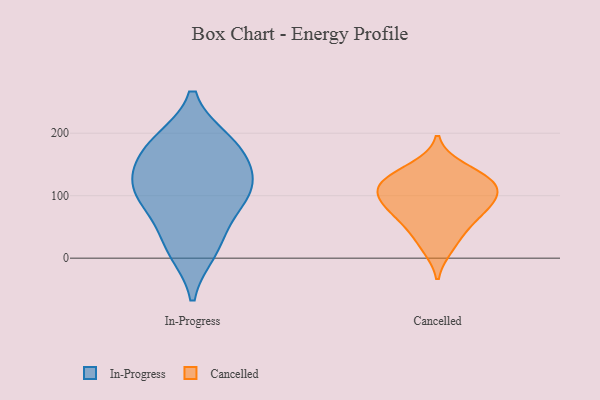
{"axis": {"x": "Budget (USD K)", "y": "Value"}, "legend": ["Cancelled", "In-Progress"], "data": [{"x": "", "y": 135, "type": "In-Progress"}, {"x": "", "y": 120, "type": "In-Progress"}, {"x": "", "y": 13, "type": "In-Progress"}, {"x": "", "y": 186, "type": "In-Progress"}, {"x": "", "y": 93, "type": "In-Progress"}, {"x": "", "y": 183, "type": "In-Progress"}, {"x": "", "y": 170, "type": "In-Progress"}, {"x": "", "y": 26, "type": "In-Progress"}, {"x": "", "y": 113, "type": "In-Progress"}, {"x": "", "y": 85, "type": "In-Progress"}, {"x": "", "y": 123, "type": "Cancelled"}, {"x": "", "y": 72, "type": "Cancelled"}, {"x": "", "y": 69, "type": "Cancelled"}, {"x": "", "y": 17, "type": "Cancelled"}, {"x": "", "y": 145, "type": "Cancelled"}, {"x": "", "y": 102, "type": "Cancelled"}, {"x": "", "y": 89, "type": "Cancelled"}, {"x": "", "y": 101, "type": "Cancelled"}, {"x": "", "y": 124, "type": "Cancelled"}, {"x": "", "y": 44, "type": "Cancelled"}, {"x": "", "y": 123, "type": "Cancelled"}]}